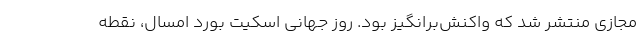
مجازی منتشر شد که واکنش‌برانگیز بود. روز جهانی اسکیت بورد امسال، نقطه